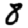
Digit: 8